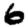
Digit: 6